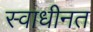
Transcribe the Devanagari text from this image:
स्वाधीनत